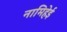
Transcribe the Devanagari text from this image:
नामिहेई